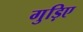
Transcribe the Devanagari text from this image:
गुड़िए